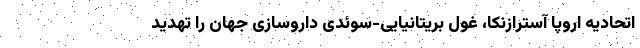
اتحادیه اروپا آسترازنکا، غول بریتانیایی-سوئدی داروسازی جهان را تهدید